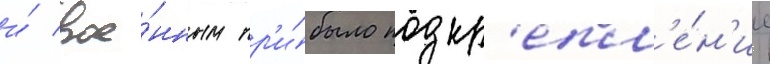
и́ вое́нным пр'и́было подкр'епл'е́н'ие